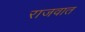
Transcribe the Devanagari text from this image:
राजवात